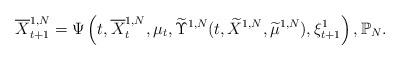
LaTeX: \begin{align*}& \overline X^{1,N}_{t+1}= \Psi\left(t, \overline X^{1,N}_t, \mu_t,\widetilde \Upsilon^{1,N}(t,\widetilde X^{1,N}, \widetilde \mu^{1,N}),\xi^1_{t+1}\right),\mathbb{P}_N.\end{align*}